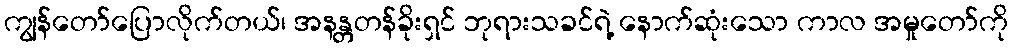
ကျွန်တော်ပြောလိုက်တယ်၊ အနန္တတန်ခိုးရှင် ဘုရားသခင်ရဲ့ နောက်ဆုံးသော ကာလ အမှုတော်ကို